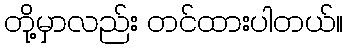
တို့မှာလည်း တင်ထားပါတယ်။